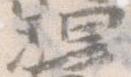
理